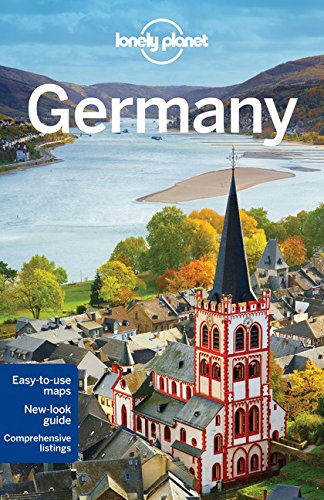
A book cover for Lonely Planet Germany (Travel Guide); Lonely Planet; Travel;